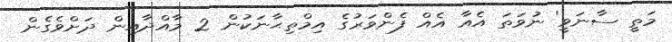
މަތީ ސާނަވީ' ނުވަތަ އެއާ އެއް ފެންވަރުގެ އިމްތިޙާނަކުން 2 މާއްދާއިން ދަށްވެގެން